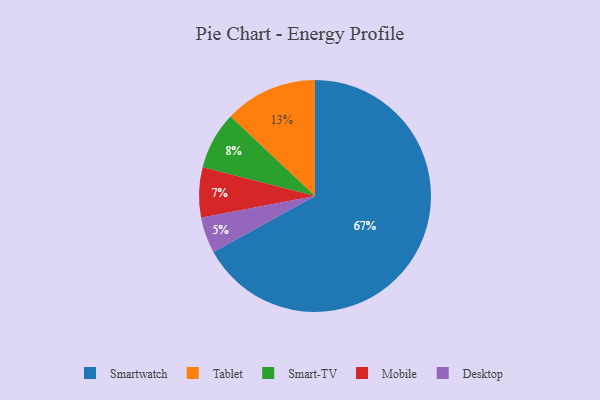
{"axis": {"x": "Category", "y": "Percentage"}, "legend": ["Desktop", "Mobile", "Smart-TV", "Smartwatch", "Tablet"], "data": [{"x": "Smart-TV", "y": 8, "type": "Smart-TV"}, {"x": "Tablet", "y": 13, "type": "Tablet"}, {"x": "Smartwatch", "y": 67, "type": "Smartwatch"}, {"x": "Desktop", "y": 5, "type": "Desktop"}, {"x": "Mobile", "y": 7, "type": "Mobile"}]}